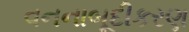
વનનાબૂદીકરણ